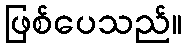
ဖြစ်ပေသည်။